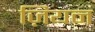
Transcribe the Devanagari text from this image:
ज़ियन